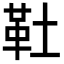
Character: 靯